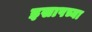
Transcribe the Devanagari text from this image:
इसापच्या